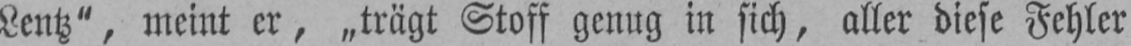
Lentz“, meint er, „trägt Stoff genug in sich, aller diese Fehler